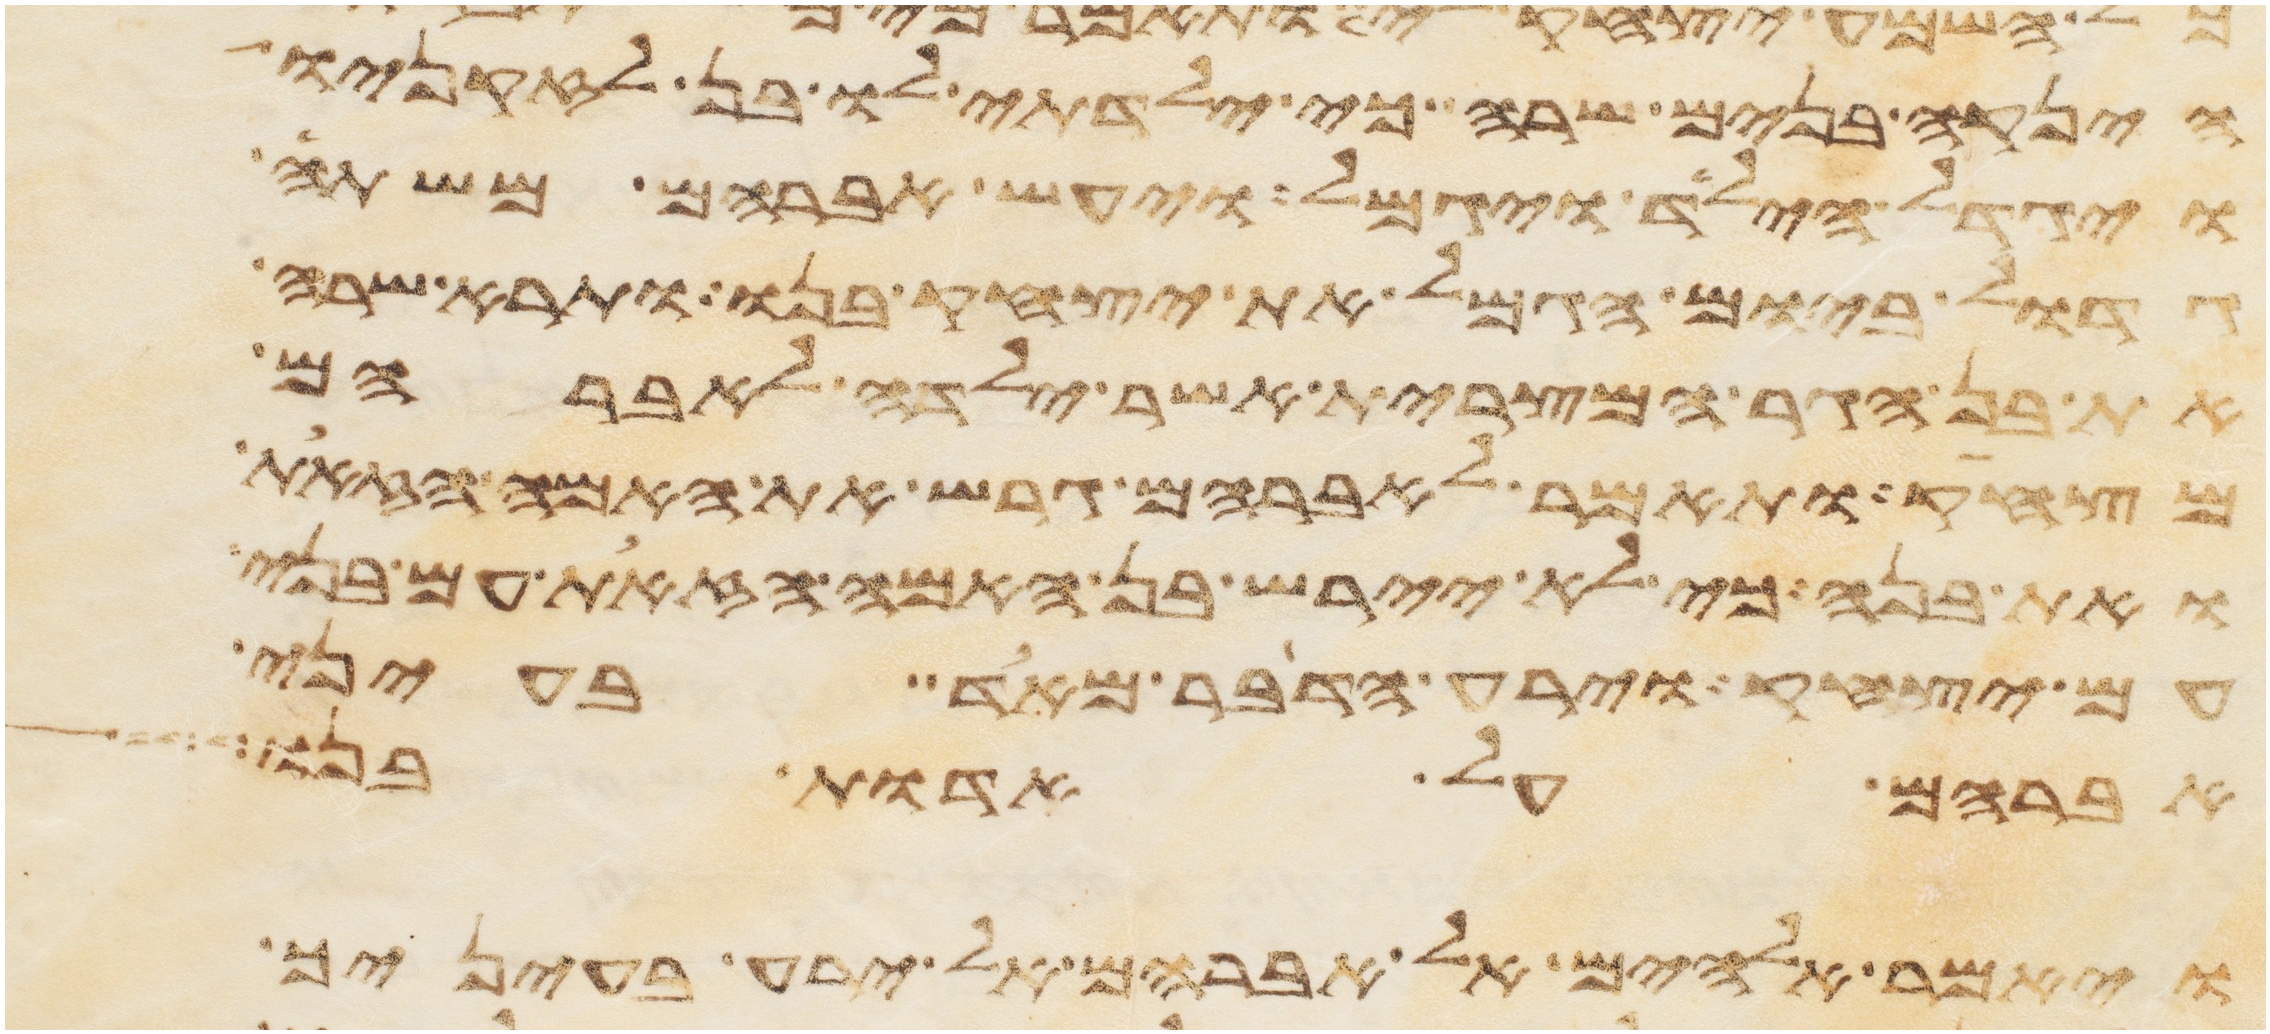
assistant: היניקה בנים שרה כי ילדתי לו בן לזקניו
ויגדל הילד ויגמל ויעש אברהם משתה
גדול ביום הגמל את יצחק בנו ותרא שרה
את בן הגר המצרית אשר ילדה לאברהם
מצחק ותאמר לאברהם גרש את האמה הזאת
ואת בנה כי לא יירש בן האמה הזאת עם בני
עם יצחק וירע הדבר מאד בעיני
אברהם על אדות בנו
ויאמר אלהים אל אברהם אל ירע בעיניך